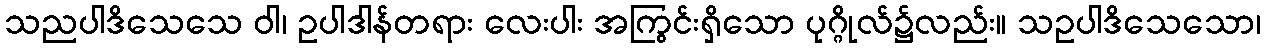
သညပါဒိသေသေ ဝါ၊ ဥပါဒါန်တရား လေးပါး အကြွင်းရှိသော ပုဂ္ဂိုလ်၌လည်း။ သဥပါဒိသေသော၊